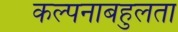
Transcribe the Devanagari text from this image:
कल्पनाबहुलता